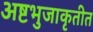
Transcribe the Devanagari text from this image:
अष्टभुजाकृतीत